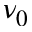
\nu _ { 0 }